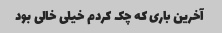
آخرین باری که چک کردم خیلی خالی بود